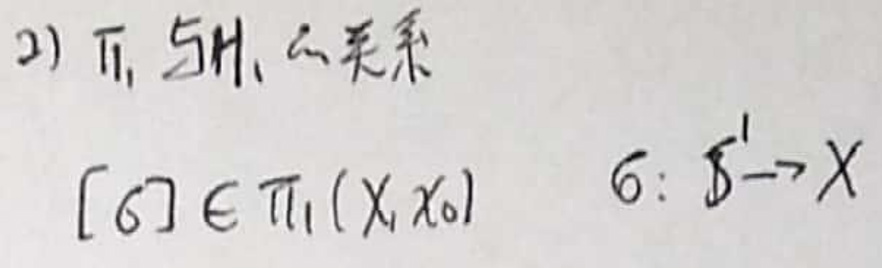
2) $\pi_1$与$H_*$关系

$[f]\in \pi_1(X,x_0)$\quad $f: S^1 \to X$